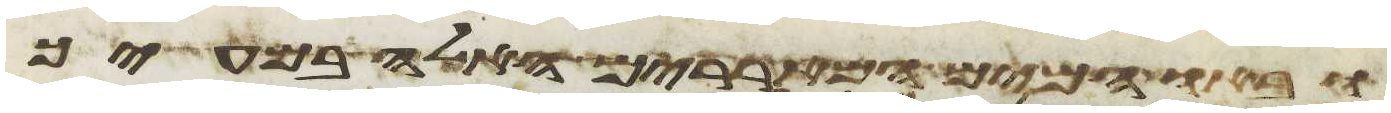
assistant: ובאו המים המאררים האלה במעיך